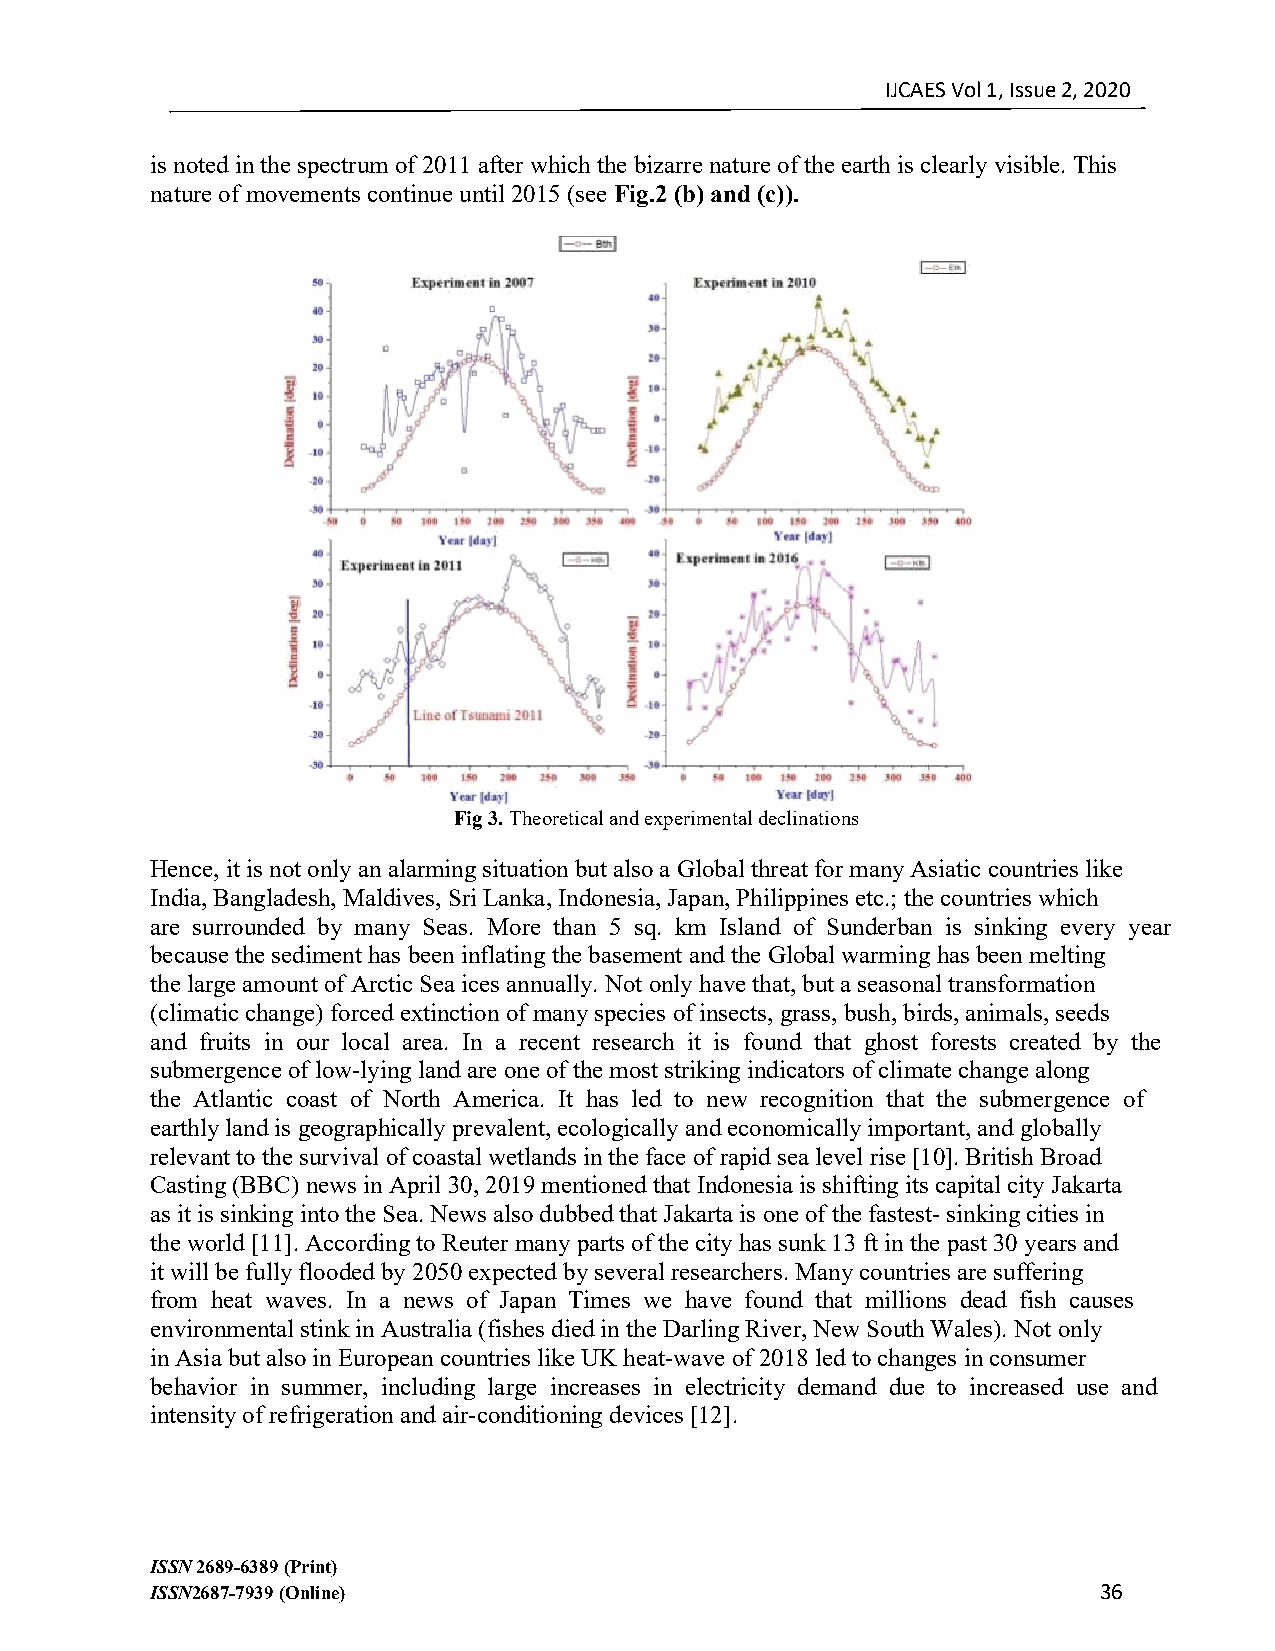
IJCAES Vol 1, Issue 2, 2020
 is noted in the spectrum of 2011 after which the bizarre nature of the earth is clearly visible. This
 nature of movements continue until 2015 (see Fig.2 (b) and (c)).
 Fig 3. Theoretical and experimental declinations
 Hence, it is not only an alarming situation but also a Global threat for many Asiatic countries like
 India, Bangladesh, Maldives, Sri Lanka, Indonesia, Japan, Philippines etc.; the countries which
 are surrounded by many Seas. More than 5 sq. km Island of Sunderban is sinking every year
 because the sediment has been inflating the basement and the Global warming has been melting
 the large amount of Arctic Sea ices annually. Not only have that, but a seasonal transformation
 (climatic change) forced extinction of many species of insects, grass, bush, birds, animals, seeds
 and fruits in our local area. In a recent research it is found that ghost forests created by the
 submergence of low-lying land are one of the most striking indicators of climate change along
 the Atlantic coast of North America. It has led to new recognition that the submergence of
 earthly land is geographically prevalent, ecologically and economically important, and globally
 relevant to the survival of coastal wetlands in the face of rapid sea level rise [10]. British Broad
 Casting (BBC) news in April 30, 2019 mentioned that Indonesia is shifting its capital city Jakarta
 as it is sinking into the Sea. News also dubbed that Jakarta is one of the fastest- sinking cities in
 the world [11]. According to Reuter many parts of the city has sunk 13 ft in the past 30 years and
 it will be fully flooded by 2050 expected by several researchers. Many countries are suffering
 from heat waves. In a news of Japan Times we have found that millions dead fish causes
 environmental stink in Australia (fishes died in the Darling River, New South Wales). Not only
 in Asia but also in European countries like UK heat-wave of 2018 led to changes in consumer
 behavior in summer, including large increases in electricity demand due to increased use and
 intensity of refrigeration and air-conditioning devices [12].
 ISSN 2689-6389 (Print)
 ISSN2687-7939 (Online)                                         3 6